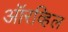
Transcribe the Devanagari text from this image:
ऑरव्हिल